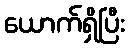
ယောက်ရှိပြီး